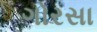
ગોરસા